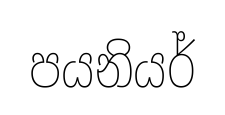
පයනියර්